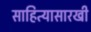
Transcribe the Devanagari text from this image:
साहित्यासारखी